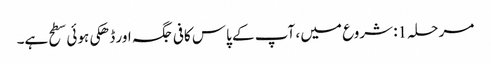
مرحلہ 1: شروع میں ، آپ کے پاس کافی جگہ اور ڈھکی ہوئی سطح ہے۔